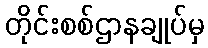
တိုင်းစစ်ဌာနချုပ်မှ